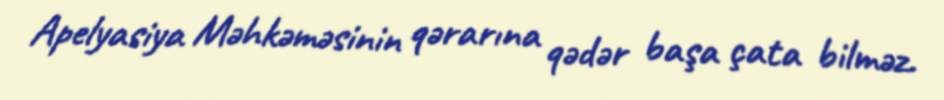
Apelyasiya Məhkəməsinin qərarına qədər başa çata bilməz.